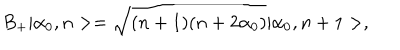
LaTeX: B _ { + } | \alpha _ { 0 } , n > = \sqrt { ( n + 1 ) ( n + 2 \alpha _ { 0 } ) } | \alpha _ { 0 } , n + 1 > ,